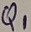
Text: Q1